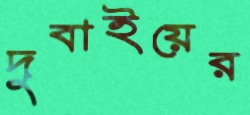
দুবাইয়ের